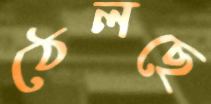
ঠেলছে